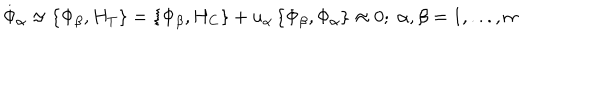
\stackrel { . } { \Phi } _ { \alpha } \approx \left\{ \Phi _ { \beta } , H _ { T } \right\} = \left\{ \Phi _ { \beta } , H _ { C } \right\} + u _ { \alpha } \left\{ \Phi _ { \beta } , \Phi _ { \alpha } \right\} \approx 0 ; \; \alpha , \beta = 1 , . . . , m